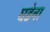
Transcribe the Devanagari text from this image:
घडेना